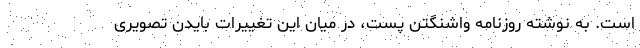
است. به نوشته روزنامه واشنگتن پست، در میان این تغییرات بایدن تصویری